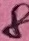
Text: 8